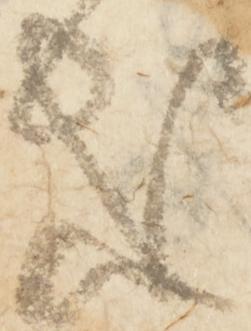
惑